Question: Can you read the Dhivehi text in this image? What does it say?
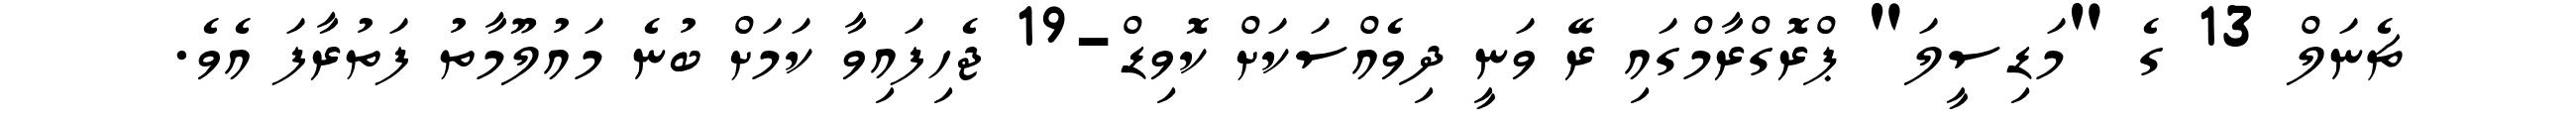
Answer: ޗެނަލް 13 ގެ "މަޑިސީލަ" ޕްރޮގްރާމްގައި ރޭ ވަނީ ދިވެއްސަކަށް ކޮވިޑް-19 ޖެހިފައިވާ ކަމަށް ބުނެ މައުލޫމާތު ފަތުރާފަ އެވެ.